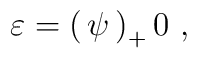
\varepsilon = \begin{pmatrix}              \psi_+ \\ 0              \end{pmatrix}~,